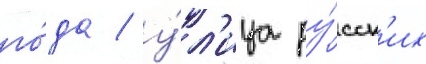
го́да / у́л'ица ру́сск'их